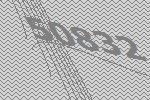
50832